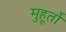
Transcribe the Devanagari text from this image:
मुहूर्तो